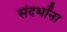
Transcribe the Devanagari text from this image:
संदर्भांना